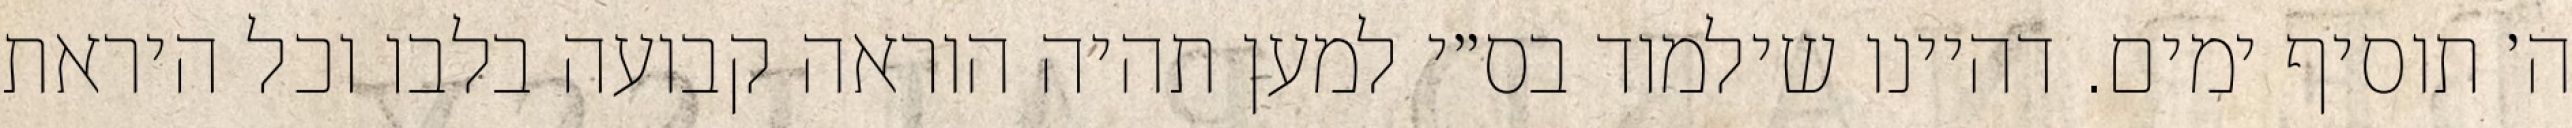
ה׳ תוסיף ימים. דהיינו שילמוד בס״י למען תהיה הוראה קבועה בלבו וכל היראת